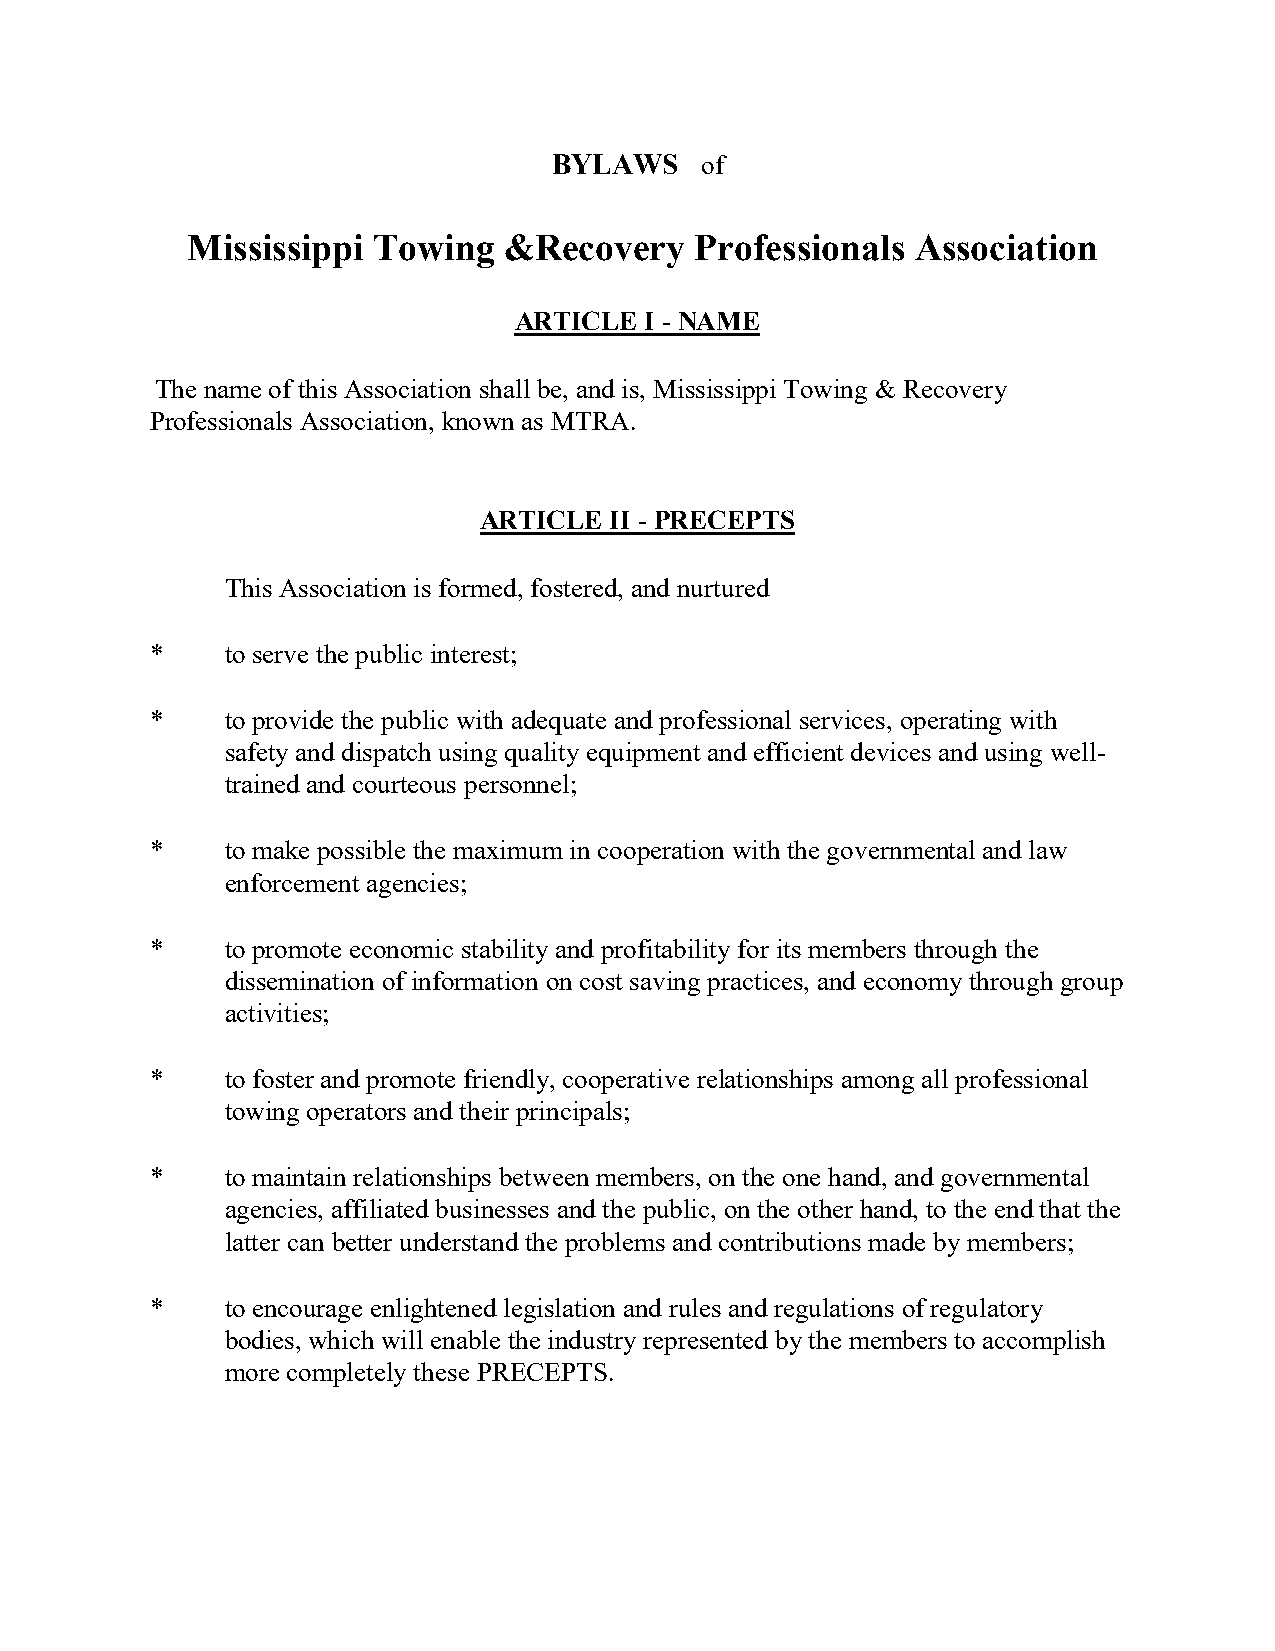
BYLAWS   of
 Mississippi  Towing  &Recovery    Professionals  Association
 ARTICLE  I - NAME
 The name of this Association shall be, and is, Mississippi Towing & Recovery
 Professionals Association, known as MTRA.
 ARTICLE II - PRECEPTS
 This Association is formed, fostered, and nurtured
 *    to serve the public interest;
 *    to provide the public with adequate and professional services, operating with
 safety and dispatch using quality equipment and efficient devices and using well-
 trained and courteous personnel;
 *    to make possible the maximum in cooperation with the governmental and law
 enforcement agencies;
 *    to promote economic stability and profitability for its members through the
 dissemination of information on cost saving practices, and economy through group
 activities;
 *    to foster and promote friendly, cooperative relationships among all professional
 towing operators and their principals;
 *    to maintain relationships between members, on the one hand, and governmental
 agencies, affiliated businesses and the public, on the other hand, to the end that the
 latter can better understand the problems and contributions made by members;
 *    to encourage enlightened legislation and rules and regulations of regulatory
 bodies, which will enable the industry represented by the members to accomplish
 more completely these PRECEPTS.